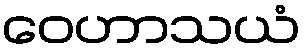
ဝေဟာသယံ